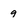
Character: g